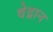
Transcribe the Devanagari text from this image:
वेद्रान